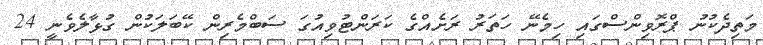
މަތިދެކުނު ޕްރޮވިންސްގައި ހިމެނޭ ހަތަރު ރަށެއްގެ ކަރަންޓުވިއުގަ ސަބްމެރިން ކޭބަލަކުން ގުޅާލެވެނީ 24